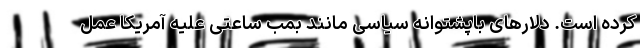
کرده است. دلارها‌ی باپشتوانه سیاسی مانند بمب ساعتی علیه آمریکا عمل